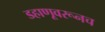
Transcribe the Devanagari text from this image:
डहाणूवरूनच